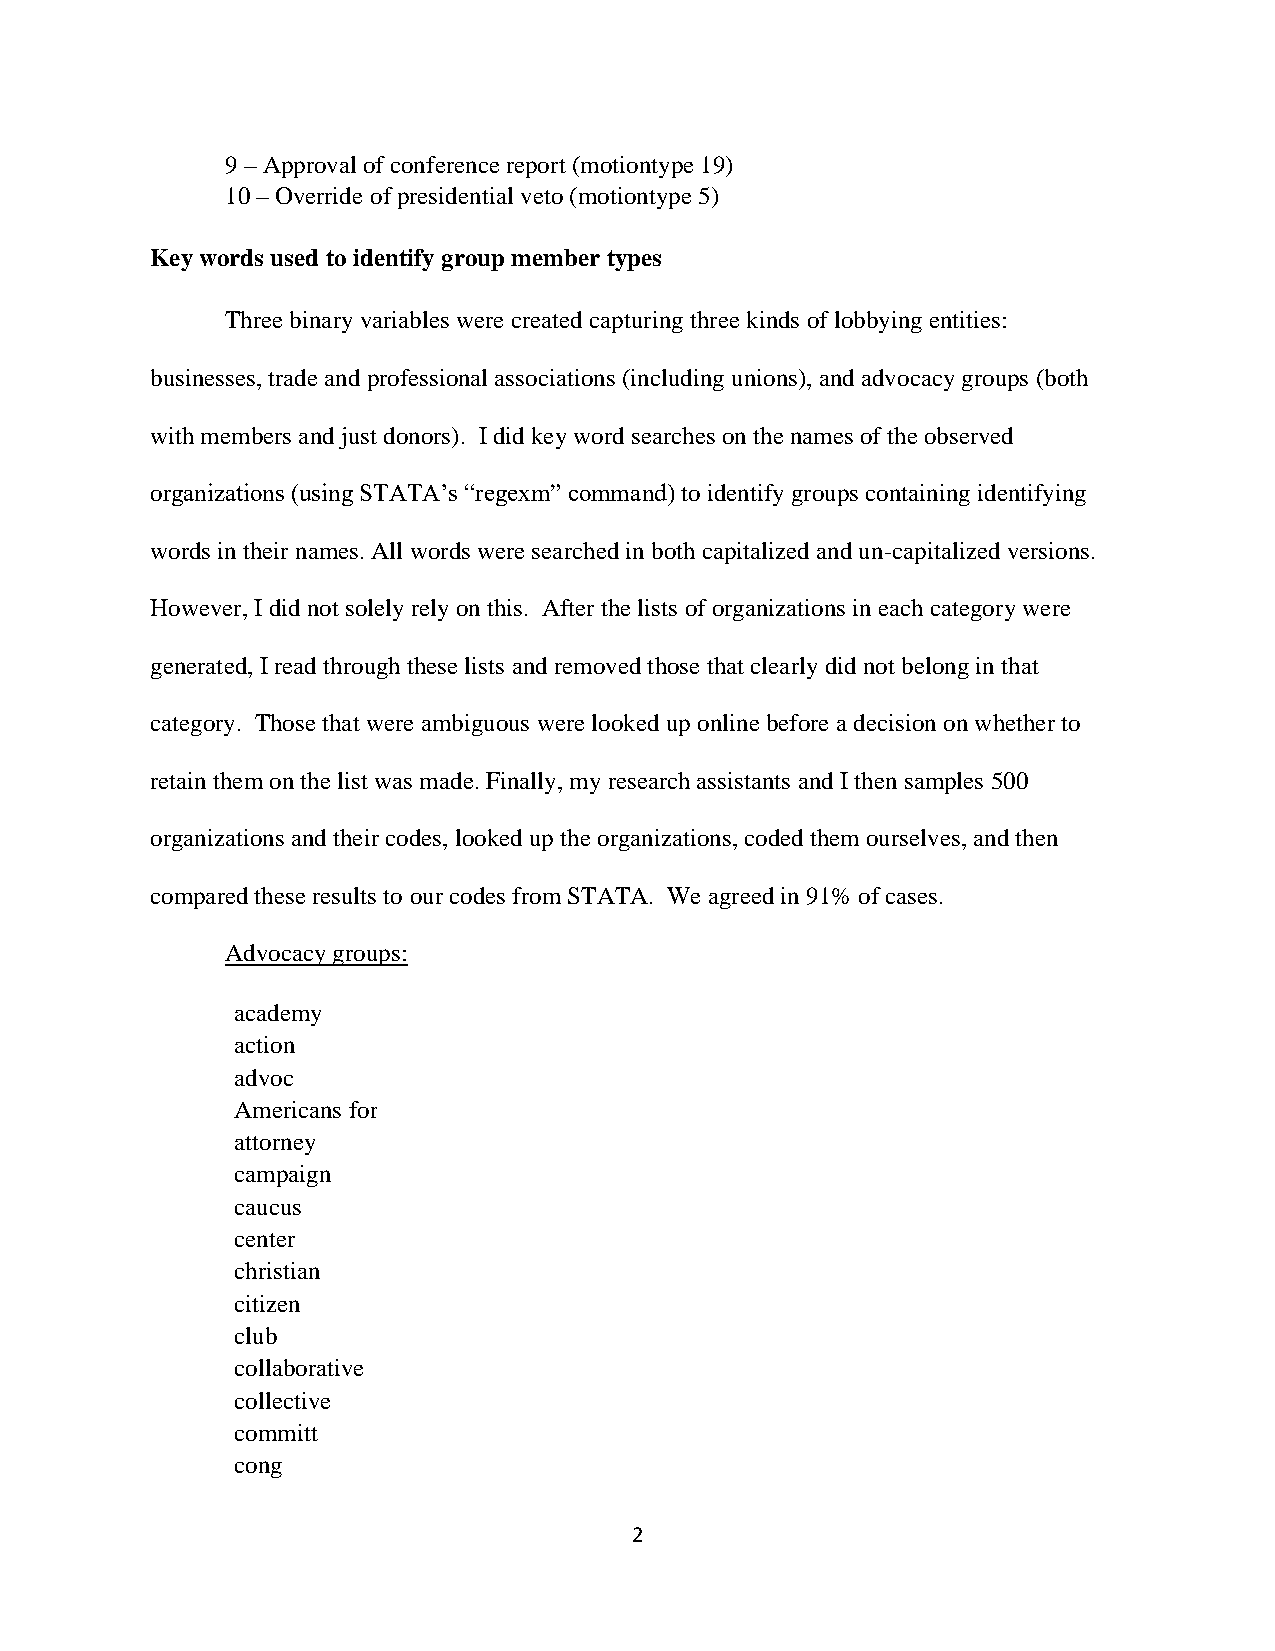
9 – Approval of conference report (motiontype 19)
 10 – Override of presidential veto (motiontype 5)
 Key words used to identify group member types
 Three binary variables were created capturing three kinds of lobbying entities:
 businesses, trade and professional associations (including unions), and advocacy groups (both
 with members and just donors). I did key word searches on the names of the observed
 organizations (using STATA’s “regexm” command) to identify groups containing identifying
 words in their names. All words were searched in both capitalized and un-capitalized versions.
 However, I did not solely rely on this. After the lists of organizations in each category were
 generated, I read through these lists and removed those that clearly did not belong in that
 category. Those that were ambiguous were looked up online before a decision on whether to
 retain them on the list was made. Finally, my research assistants and I then samples 500
 organizations and their codes, looked up the organizations, coded them ourselves, and then
 compared these results to our codes from STATA. We agreed in 91% of cases.
 Advocacy groups:
 academy
 action
 advoc
 Americans for
 attorney
 campaign
 caucus
 center
 christian
 citizen
 club
 collaborative
 collective
 committ
 cong
 2